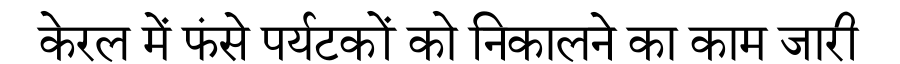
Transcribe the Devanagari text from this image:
केरल में फंसे पर्यटकों को निकालने का काम जारी